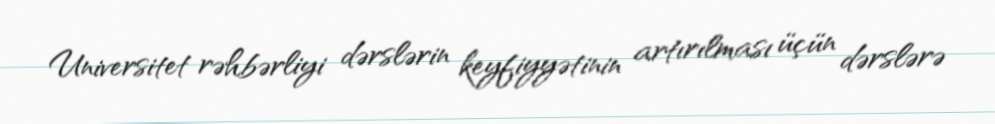
Universitet rəhbərliyi dərslərin keyfiyyətinin artırılması üçün dərslərə